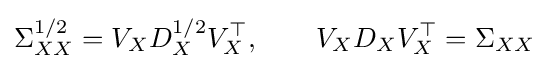
\Sigma _{XX}^{1/2}=V_{X}D_{X}^{1/2}V_{X}^{\top },\qquad V_{X}D_{X}V_{X}^{\top }=\Sigma _{XX}